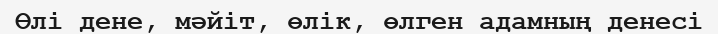
Өлі дене, мәйіт, өлік, өлген адамның денесі